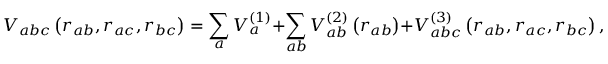
V _ { a b c } \left( r _ { a b } , r _ { a c } , r _ { b c } \right) = \sum _ { a } V _ { a } ^ { ( 1 ) } + \sum _ { a b } V _ { a b } ^ { ( 2 ) } \left( r _ { a b } \right) + V _ { a b c } ^ { ( 3 ) } \left( r _ { a b } , r _ { a c } , r _ { b c } \right) ,